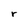
Character: r